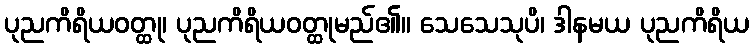
ပုညကိရိယဝတ္ထု၊ ပုညကိရိယဝတ္ထုမည်၏။ သေသေသုပိ၊ ဒါနမယ ပုညကိရိယ